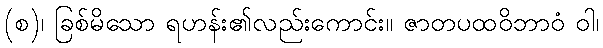
(စ)၊ ခြစ်မိသော ရဟန်း၏လည်းကောင်း။ ဇာတပထဝိဘာဝံ ဝါ၊